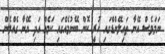
ނަމަވެސް އޭނާ ތައިލޭންޑްގައި ހުރީ ކޮން ބޭނުމެއްގައި ކަމެއް އަދި އޭނާ ގެއްލެން